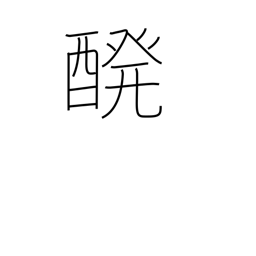
Meaning: brewing